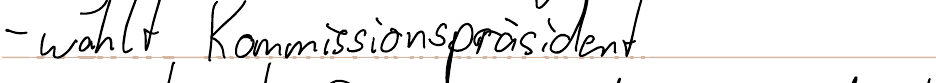
- wählt Kommissionspräsident